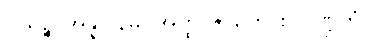
ပိယဉ္စ အန္နပါနမှိ၊ အတ္ထ ဇာတေ စ ပဏ္ဍိတံ။